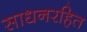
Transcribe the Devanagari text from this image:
साधनरहित